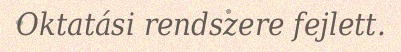
Oktatási rendszere fejlett.